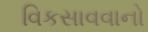
વિકસાવવાનો